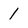
Character: 1